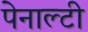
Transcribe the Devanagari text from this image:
पेनाल्‍टी